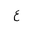
Letter: _ayn